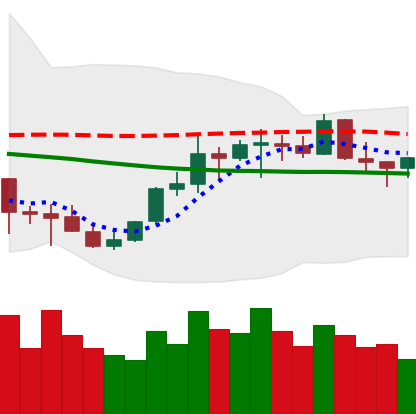
Ticker: EOS-USD
Chart end date: 2021-10-13
Forward return: -3.866%
Label: down_3_5